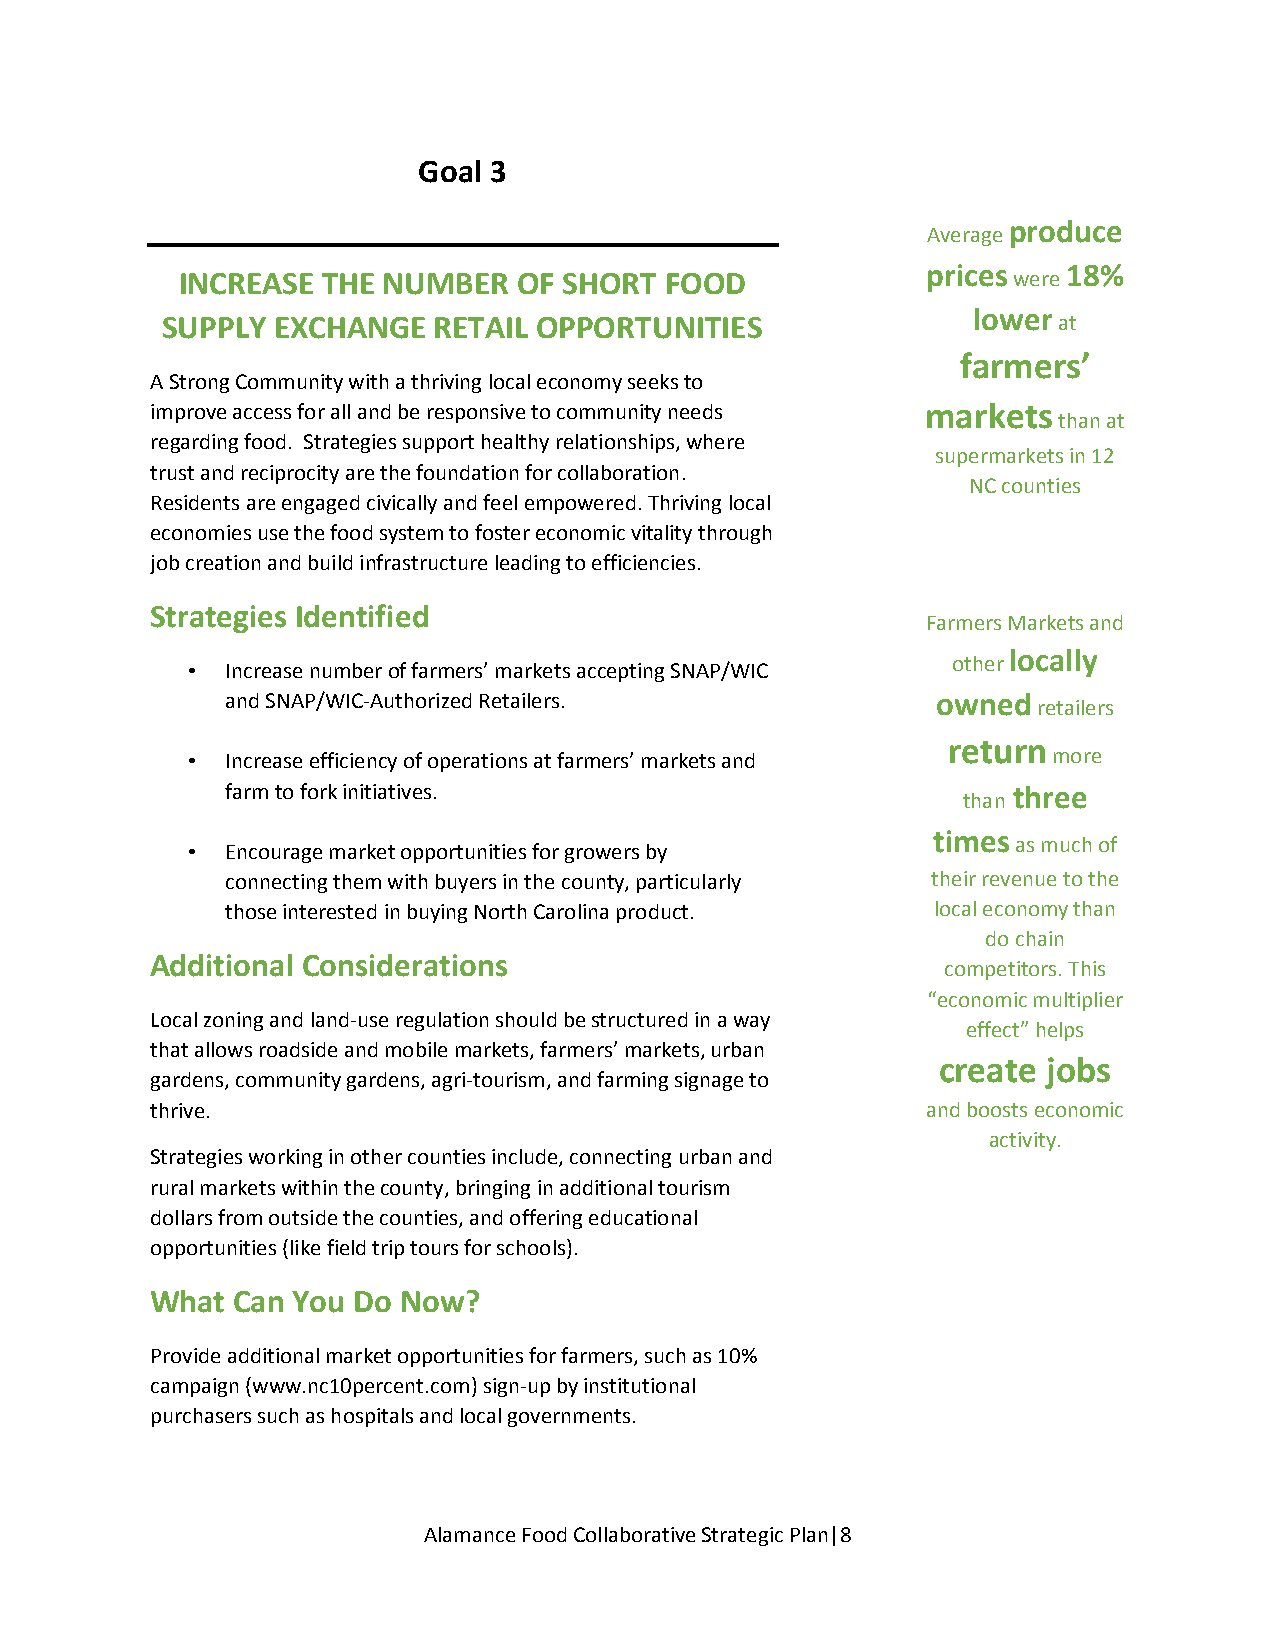
Goal 3
 produce
 Average
 prices    18%
 INCREASE THE NUMBER   OF SHORT  FOOD                   were
 lower
 SUPPLY EXCHANGE   RETAIL OPPORTUNITIES                     at
 farmers’
 A Strong Community with a thriving local economy seeks to
 improve access for all and be responsive to community needs markets
 than at
 regarding food. Strategies support healthy relationships, where
 supermarkets in 12
 trust and reciprocity are the foundation for collaboration.
 NC counties
 Residents are engaged civically and feel empowered. Thriving local
 economies use the food system to foster economic vitality through
 job creation and build infrastructure leading to efficiencies.
 Strategies Identified
 Farmers Markets and
 locally
 •  Increase number of farmers’ markets accepting SNAP/WIC other
 and SNAP/WIC-Authorized Retailers.             owned
 retailers
 return
 •  Increase efficiency of operations at farmers’ markets and more
 farm to fork initiatives.                           three
 than
 times
 •  Encourage market opportunities for growers by       as much of
 connecting them with buyers in the county, particularly their revenue to the
 those interested in buying North Carolina product. local economy than
 do chain
 Additional Considerations
 competitors. This
 “economic multiplier
 Local zoning and land-use regulation should be structured in a way
 effect” helps
 that allows roadside and mobile markets, farmers’ markets, urban
 create jobs
 gardens, community gardens, agri-tourism, and farming signage to
 thrive.                                            and boosts economic
 activity.
 Strategies working in other counties include, connecting urban and
 rural markets within the county, bringing in additional tourism
 dollars from outside the counties, and offering educational
 opportunities (like field trip tours for schools).
 What Can You Do Now?
 Provide additional market opportunities for farmers, such as 10%
 campaign (www.nc10percent.com) sign-up by institutional
 purchasers such as hospitals and local governments.
 Alamance Food Collaborative Strategic Plan|8